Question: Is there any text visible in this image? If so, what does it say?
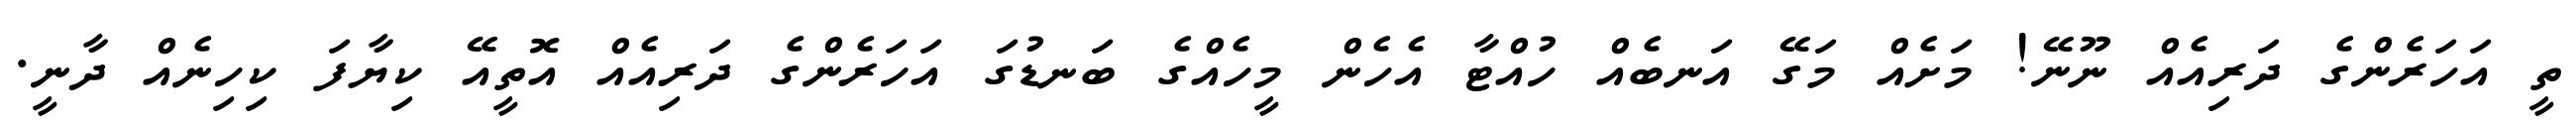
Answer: ތީ އަހަރެންގެ ދަރިއެއް ނޫނޭ! މަށެއް މަގޭ އަނބެއް ހުއްޓާ އެހެން މީހެއްގެ ބަނޑުގަ އަހަރެންގެ ދަރިއެއް އޮތީއޭ ކިޔާފަ ކިހިނެއް ދާނީ.